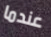
عندما